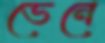
ভেনে